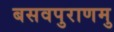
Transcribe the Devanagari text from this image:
बसवपुराणमु